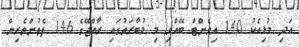
އަދި މުޅިއެކު 140 އިވެންޓް ބޭއްވި މި މުބާރަތުގައި ރާއްޖޭގެ 146 ފެތުންތެރިން